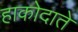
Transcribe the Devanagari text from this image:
हाकोदाते